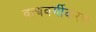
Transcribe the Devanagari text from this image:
वाद्यवर्गीकरण